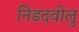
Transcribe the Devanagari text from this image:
निडदवोलु